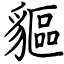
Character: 貙